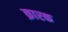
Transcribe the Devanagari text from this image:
क्रारक